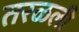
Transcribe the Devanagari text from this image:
तरळली